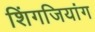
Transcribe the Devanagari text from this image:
शिंगजियांग